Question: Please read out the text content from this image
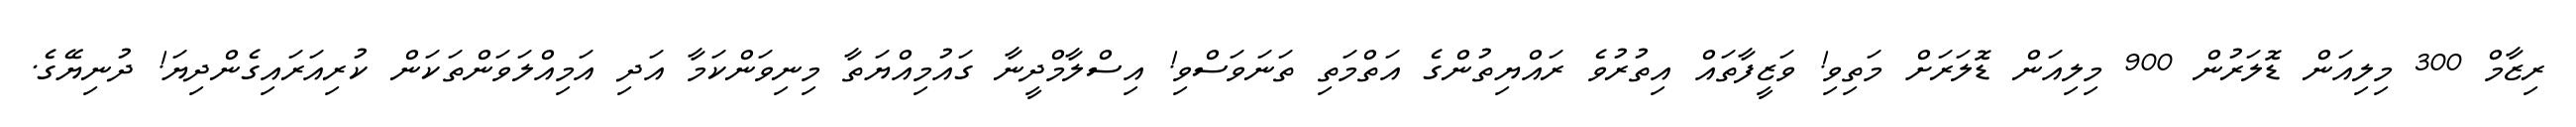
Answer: ރިޒާމް 300 މިލިއަން ޑޮލަރުން 900 މިލިއަން ޑޮލަރަށް މަތިވި! ވަޒީފާތައް އިތުރުވެ ރައްޔިތުންގެ އަތްމަތި ތަނަވަސްވި! އިސްލާމްދީނާ ގައުމިއްޔަތާ މިނިވަންކަމާ އަދި އަމިއްލަވަންތަކަން ކުރިއަރައިގެންދިޔަ! ދުނިޔޭގެ.